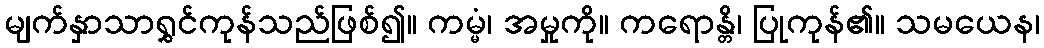
မျက်နှာသာရွှင်ကုန်သည်ဖြစ်၍။ ကမ္မံ၊ အမှုကို။ ကရောန္တိ၊ ပြုကုန်၏။ သမယေန၊